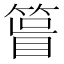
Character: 𥰀